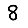
Digit: 8